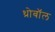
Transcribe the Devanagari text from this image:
थ्रोबॉल